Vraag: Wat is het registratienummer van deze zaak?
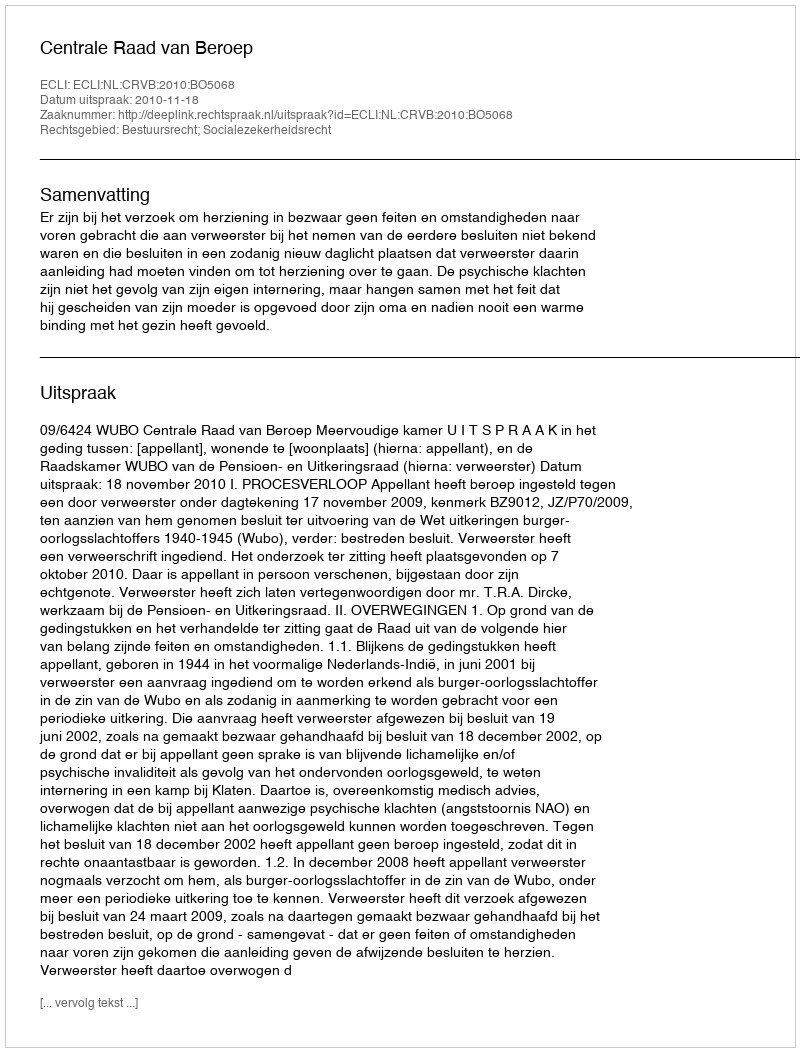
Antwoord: http://deeplink.rechtspraak.nl/uitspraak?id=ECLI:NL:CRVB:2010:BO5068